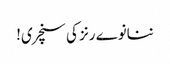
ننانوے رنز کی سنچری!